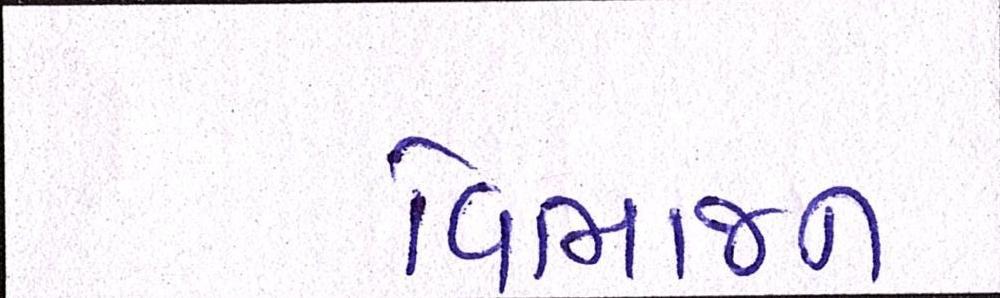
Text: વિભાજન